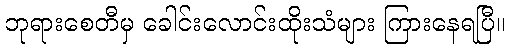
ဘုရားစေတီမှ ခေါင်းလောင်းထိုးသံများ ကြားနေရပြီ။